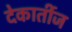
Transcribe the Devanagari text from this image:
देकार्तीज